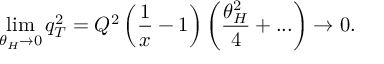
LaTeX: \operatorname * { l i m } _ { \theta _ { H } \rightarrow 0 } q _ { T } ^ { 2 } = Q ^ { 2 } \left( \frac { 1 } { x } - 1 \right) \left( \frac { \theta _ { H } ^ { 2 } } { 4 } + . . . \right) \rightarrow 0 .